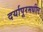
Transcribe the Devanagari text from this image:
दर्यापूरमधील